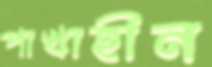
পাখাহীন